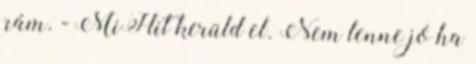
rám. - MiHit kerüld el. Nem lenne jó ha